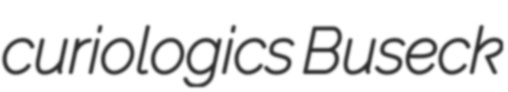
curiologics Buseck